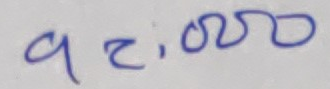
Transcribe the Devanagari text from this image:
९८:०००